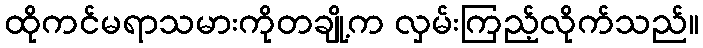
ထိုကင်မရာသမားကိုတချို့က လှမ်းကြည့်လိုက်သည်။